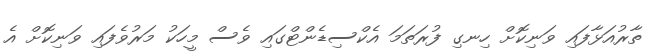
ތާރުއަޅާފައި ވަނިކޮށް ހިނގި ފުރަތަމަ އެކްސިޑެންޓްގައި ވެސް މީހަކު މަރުވެފައި ވަނިކޮށް އެ